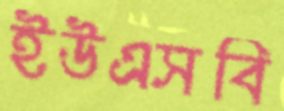
ইউএসবি